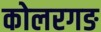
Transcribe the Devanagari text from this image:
कोलरगङ